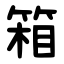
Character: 箱